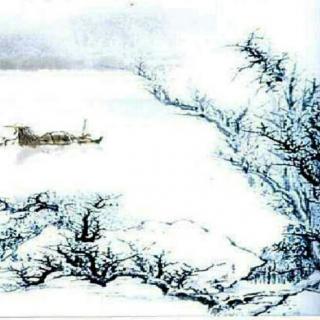
江带峨眉雪，川横三峡流。